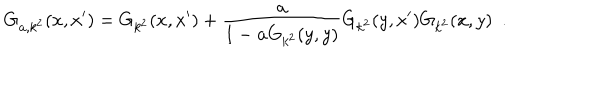
G _ { { \bf a } , k ^ { 2 } } ( x , x ^ { \prime } ) = G _ { k ^ { 2 } } ( x , x ^ { \prime } ) + { \frac { \bf a } { 1 - { \bf a } G _ { k ^ { 2 } } ( y , y ) } } G _ { k ^ { 2 } } ( y , x ^ { \prime } ) G _ { k ^ { 2 } } ( x , y ) ~ ~ .